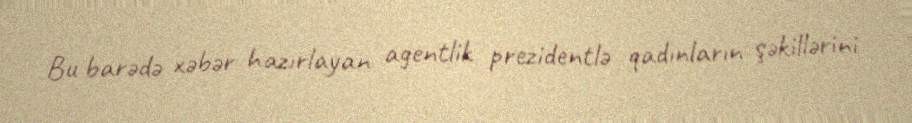
Bu barədə xəbər hazırlayan agentlik prezidentlə qadınların şəkillərini